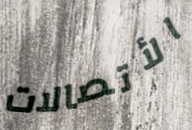
الأتصالات